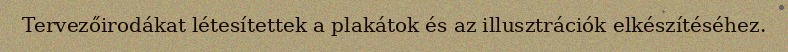
Tervezőirodákat létesítettek a plakátok és az illusztrációk elkészítéséhez.